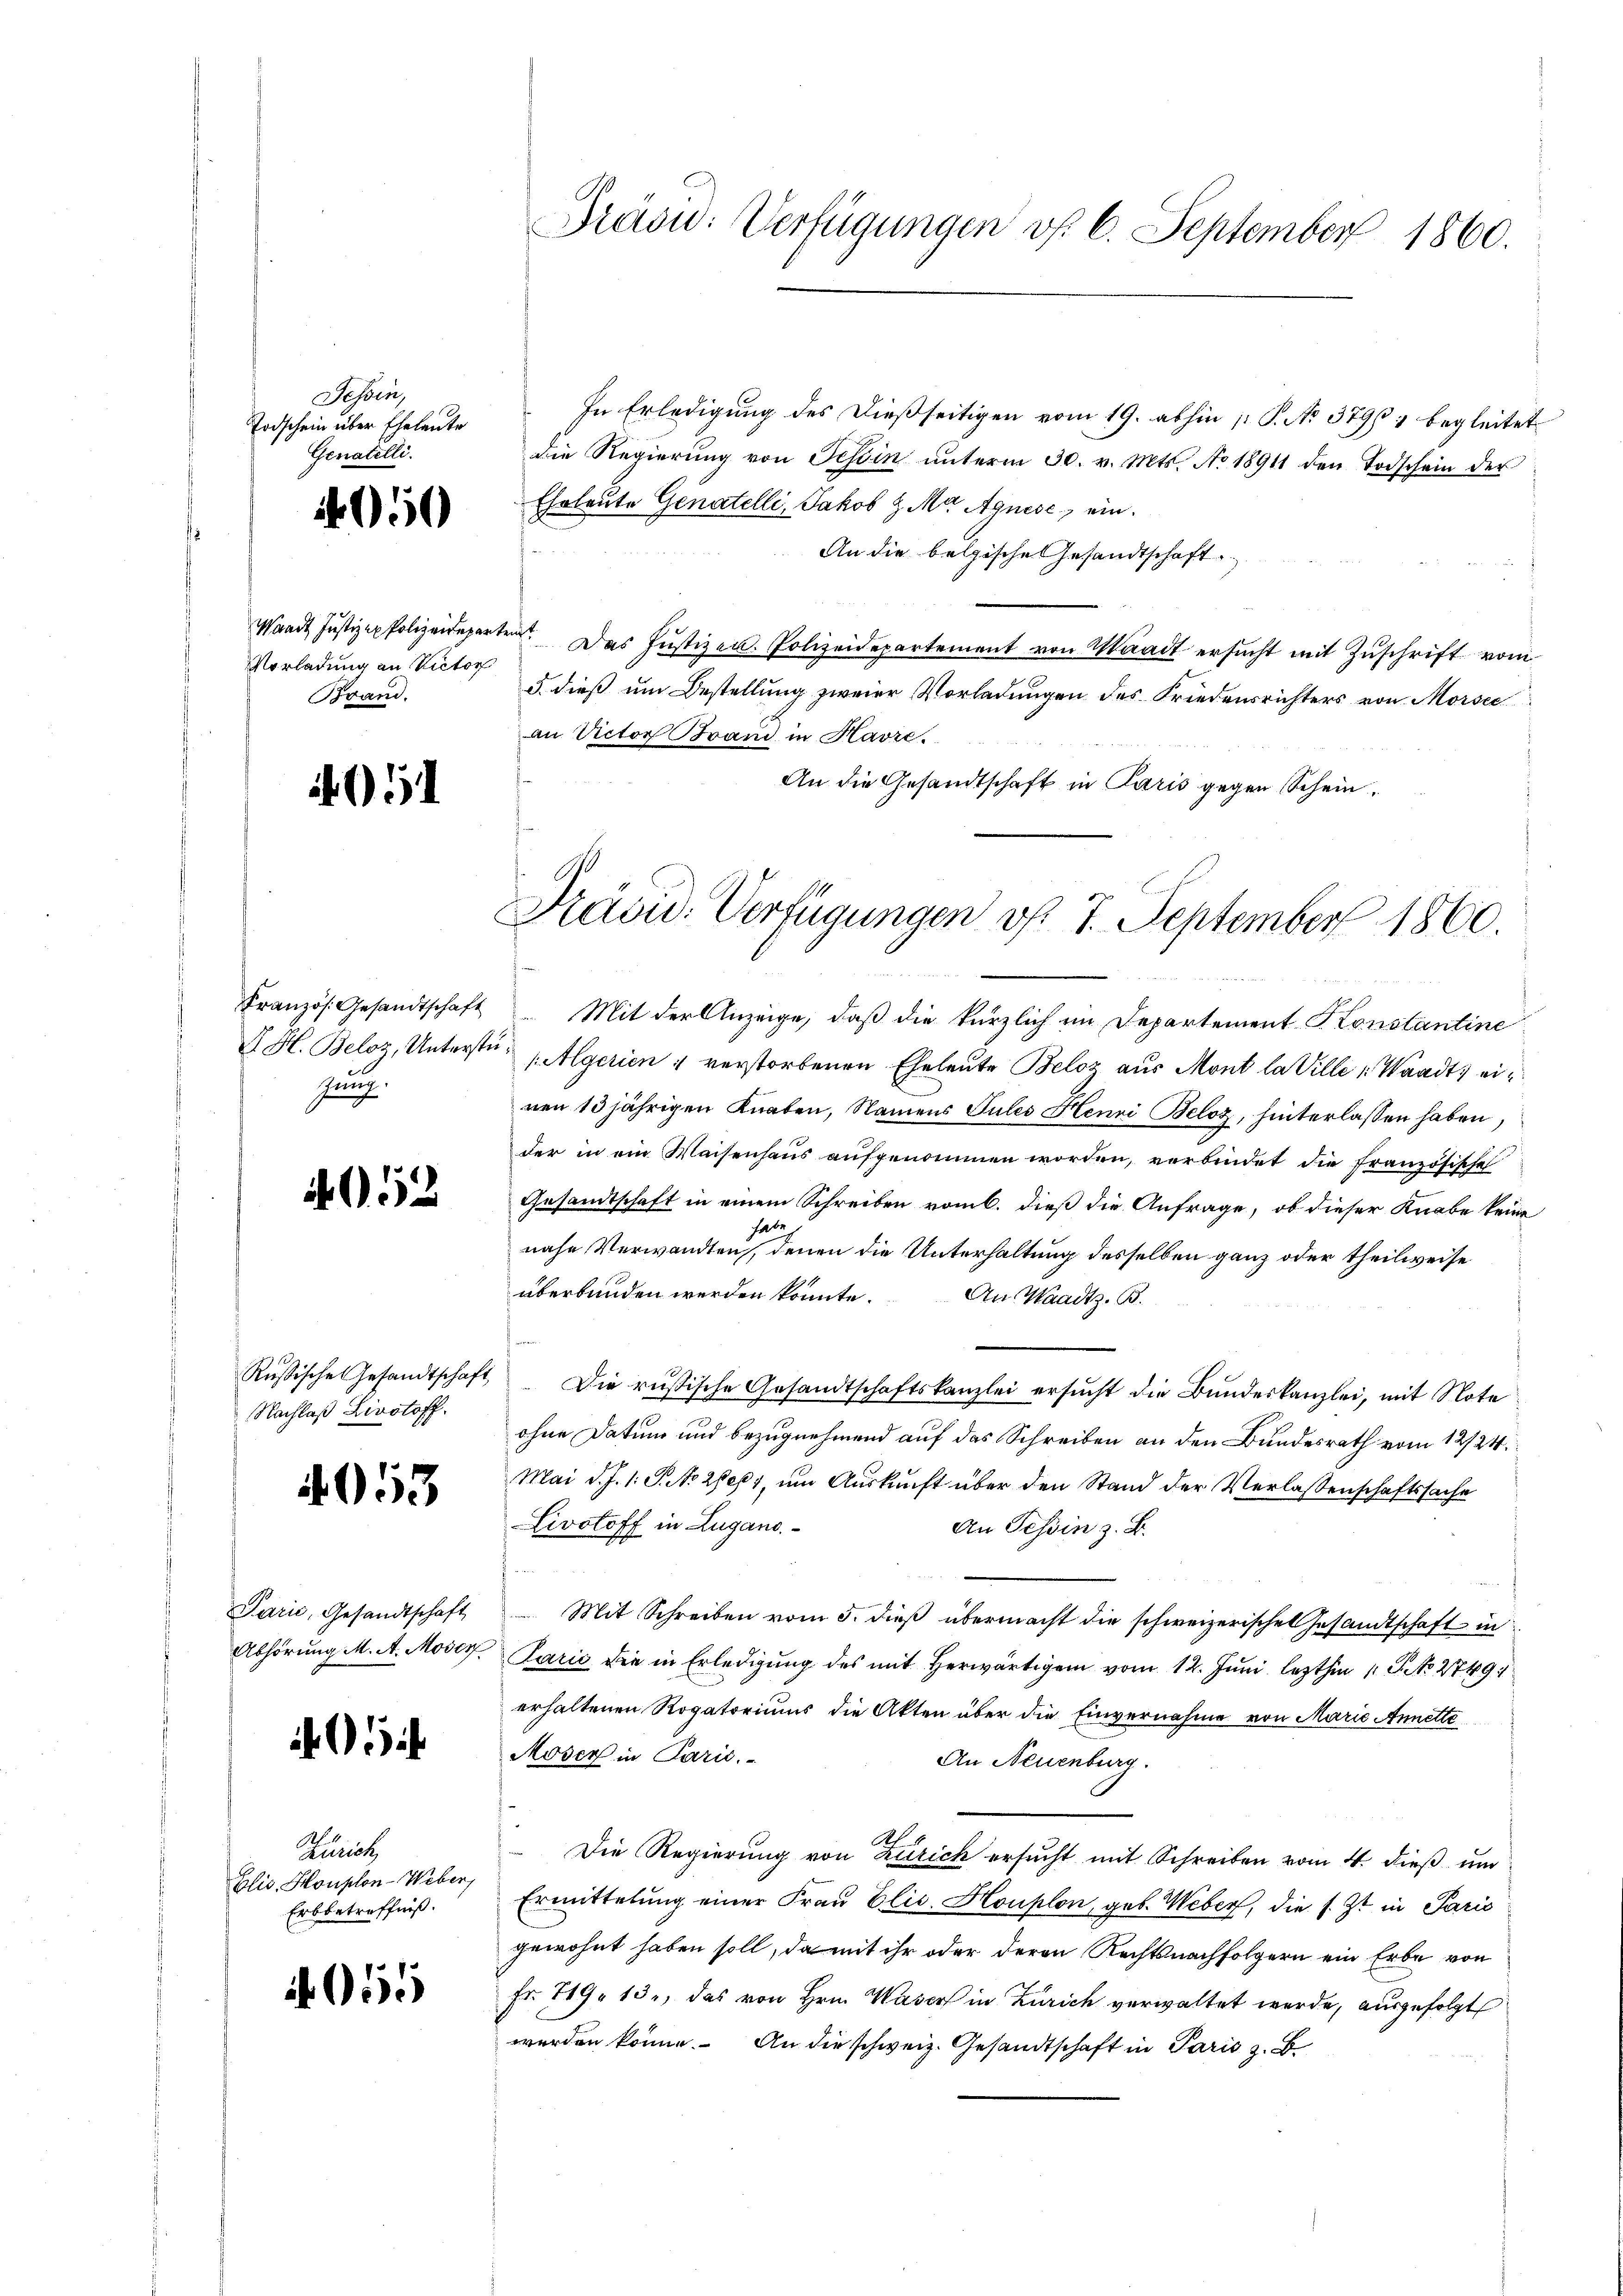
Tessin,
Todschein über Eheleute
Genatelli

Vorladung an Victor
Brand.

51

i

Französ. Gesandtschaft
G. H. Beloz, Unterste
Gung.

4053

Parić, Gesandtschaft
Abhörung M. A. Moden

4050

5

055

.

Russische Gesandtschaft,
Nachlaß Livotoff.

Zürich,
Elis, Houplon-Weber
Erbbetreffniß.

Präsid: Verfügungen v. 6. September 1860.

In Erledigung des dießseitigen vom 19. abhin 1 S. No 379, begleitet
die Regierŭng von Tessin ŭnterm 30. v. Mts. No 18911 den Todschein der
Eheleute Genatelli, Jakob & Ma Agnese, ein
An die belgische Gesandtschaft
Waadt Justiz-Polizeideparten. Das Jŭstizen. Polizeidepartement von Waadt ersŭcht mit Zŭschrift vom
5. dieß um Bestellung zweier Vorladungen des Friedensrichters von Morsee
an Actor Brand in Havre.
An die Gesandtschaft in Paris gegen Schein,

Prävid. Verfügungen v. 7. September 1860.

Mit der Anzeige, daß die kürzlich im Departement Konstantine
(Algerien 1 verstorbenen Eheleute Beloz aus Mont la Ville Waadt, eiren 13 jährigen Knaben, Namens Tules Henri Beloz, hinterlassen haben,
der in ein Waisenhaus aufgenommen worden, verbindet die französische
Gesandtschaft in einem Schreiben vom 6. dieß die Anfrage, ob dieser Knabe keine
hab.
nahe Verwandten, denen die Unterhaltung desselben ganz oder theilweise
überbunden werden könnte. An Waadt z. B.
Die russische Gesandtschaftskanzlei ersucht die Bundeskanzlei, mit Note
ohne Datum und bezugnehmend auf das Schreiben an den Bundesrath vom 12/24.
Mai d. J. 1. S. No 21061, um Auskunft über den Stand der Verlassenschaftssache
Livstoff in Lugano.
An Tessin z. B.

Mit Schreiben vom 5. dieß übermacht die schweizerischen Gesandtschaft in
Parić die in Erledigung des mit herwärtigem vom 12. Juni lezthin 1 S. No 2749
erhaltenen Rogatoriums die Akten über die Einvernahme von Marie Annette
Moser in Parić.
An Neuenburg.
Al
Die Regierung von Zürich ersucht mit Schreiben vom 4. dieß und
Ermittelung einer Frau Elis. Houplon, geb. Weber, die s. Zt. in Paris
gewohnt haben soll, da mit ihr oder deren Rechtsnachfolgern ein Erbe von
Fr. 719. 13., das von Hrn. Waser in Zürich verwaltet werde, ausgefolgt
werden könne. An die schweiz. Gesandtschaft in Paris z. B.